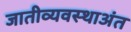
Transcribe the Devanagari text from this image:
जातीव्यवस्थाअंत